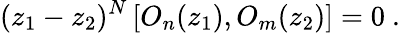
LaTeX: (z_{1}-z_{2})^{N}\left[O_{n}(z_{1}),O_{m}(z_{2})\right]=0\ .